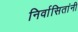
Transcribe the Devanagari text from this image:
निर्वासितांनी